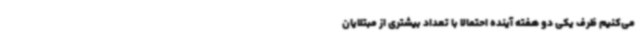
می‌کنیم ظرف یکی دو هفته آینده احتمالا با تعداد بیشتری از مبتلایان